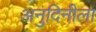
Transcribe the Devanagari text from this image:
अनुदिनीला